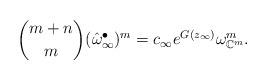
LaTeX: \begin{align*}{m+n\choose m}(\hat\omega_\infty^\bullet)^m=c_\infty e^{G(z_\infty)}\omega_{\mathbb{C}^m}^m.\end{align*}